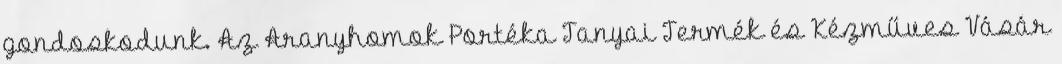
gondoskodunk. Az Aranyhomok Portéka Tanyai Termék és Kézműves Vásár